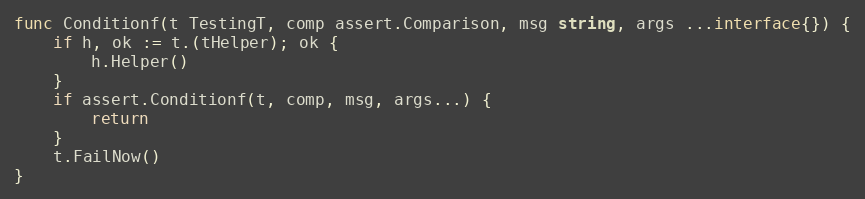
Language: Go
func Conditionf(t TestingT, comp assert.Comparison, msg string, args ...interface{}) {
	if h, ok := t.(tHelper); ok {
		h.Helper()
	}
	if assert.Conditionf(t, comp, msg, args...) {
		return
	}
	t.FailNow()
}